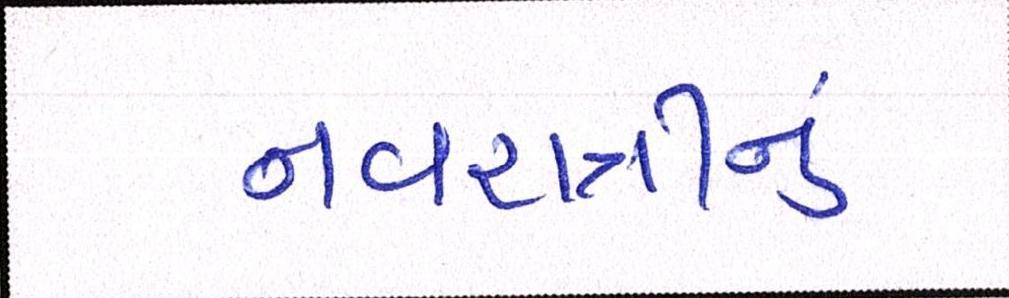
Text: નવરાત્રીનું